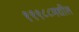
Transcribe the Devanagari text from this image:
१९९८८मधील